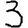
Digit: 3